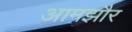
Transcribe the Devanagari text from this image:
आमझौर